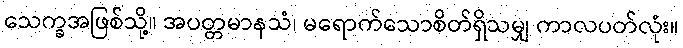
သေက္ခအဖြစ်သို့။ အပတ္တမာနသံ၊ မရောက်သောစိတ်ရှိသမျှ ကာလပတ်လုံး။